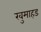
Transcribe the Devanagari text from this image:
खुमाहड